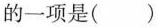
的一项是( )